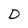
Character: D